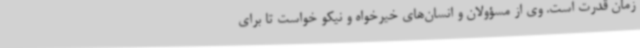
زمان قدرت است. وی از مسؤولان و انسان‌های خیرخواه و نیکو خواست تا برای